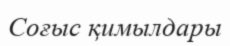
Соғыс қимылдары